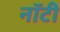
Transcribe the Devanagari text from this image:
नॉटी